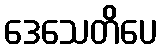
ဒေသေတိပေ